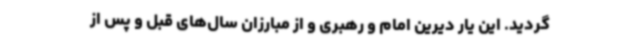
گردید. این یار دیرین امام و رهبری و از مبارزان سال‌های قبل و پس از